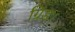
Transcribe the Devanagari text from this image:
ग्रिड।